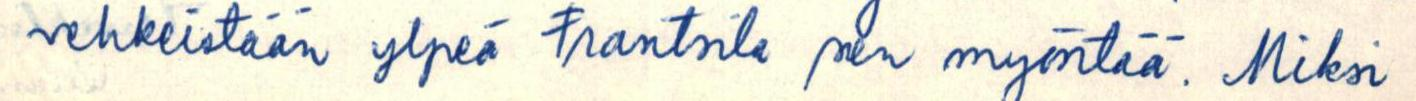
vehkeistään ylpeä Frantsila sen myöntää. Miksi